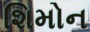
શિમોન